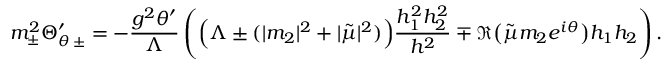
m _ { \pm } ^ { 2 } \Theta _ { \theta \, \pm } ^ { \prime } = - \frac { g ^ { 2 } \theta ^ { \prime } } { \Lambda } \left( \Big ( \Lambda \pm ( | m _ { 2 } | ^ { 2 } + | \tilde { \mu } | ^ { 2 } ) \Big ) \frac { h _ { 1 } ^ { 2 } h _ { 2 } ^ { 2 } } { h ^ { 2 } } \mp \Re \big ( \tilde { \mu } m _ { 2 } e ^ { i \theta } \big ) h _ { 1 } h _ { 2 } \right) .